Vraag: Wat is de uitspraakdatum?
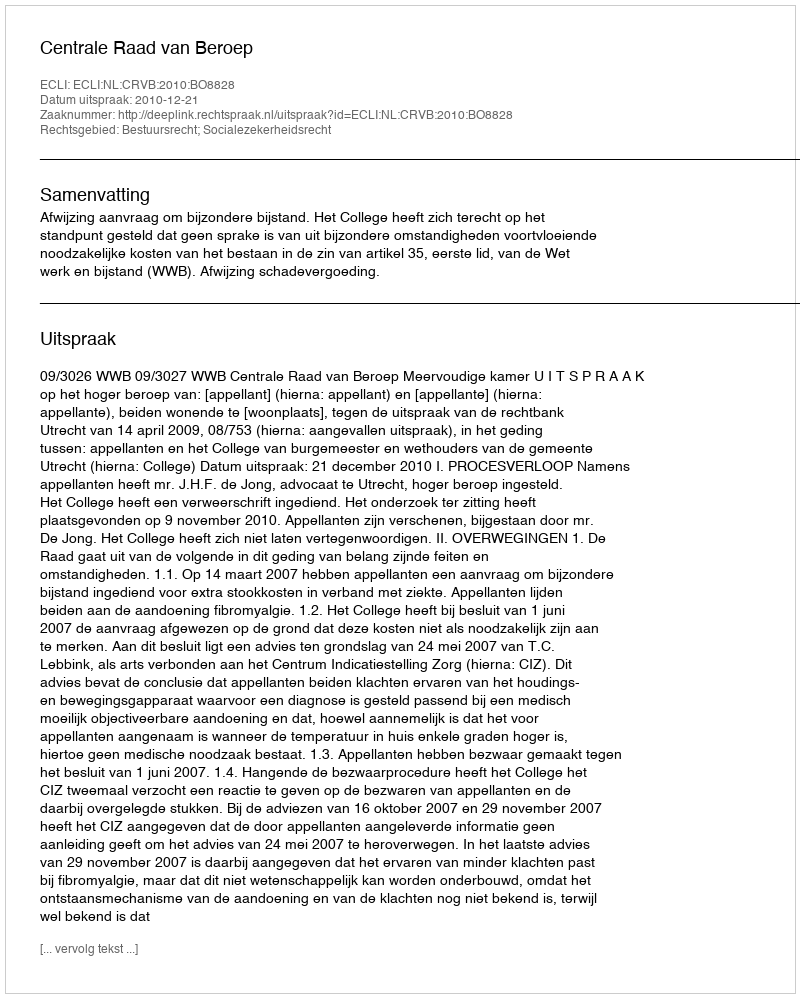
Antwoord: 2010-12-21